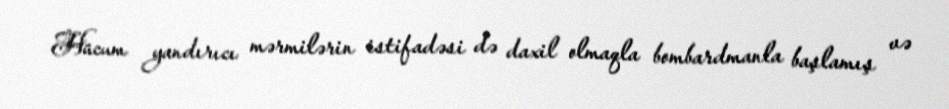
Hücum yandırıcı mərmilərin istifadəsi də daxil olmaqla bombardmanla başlamış və